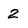
Character: 2